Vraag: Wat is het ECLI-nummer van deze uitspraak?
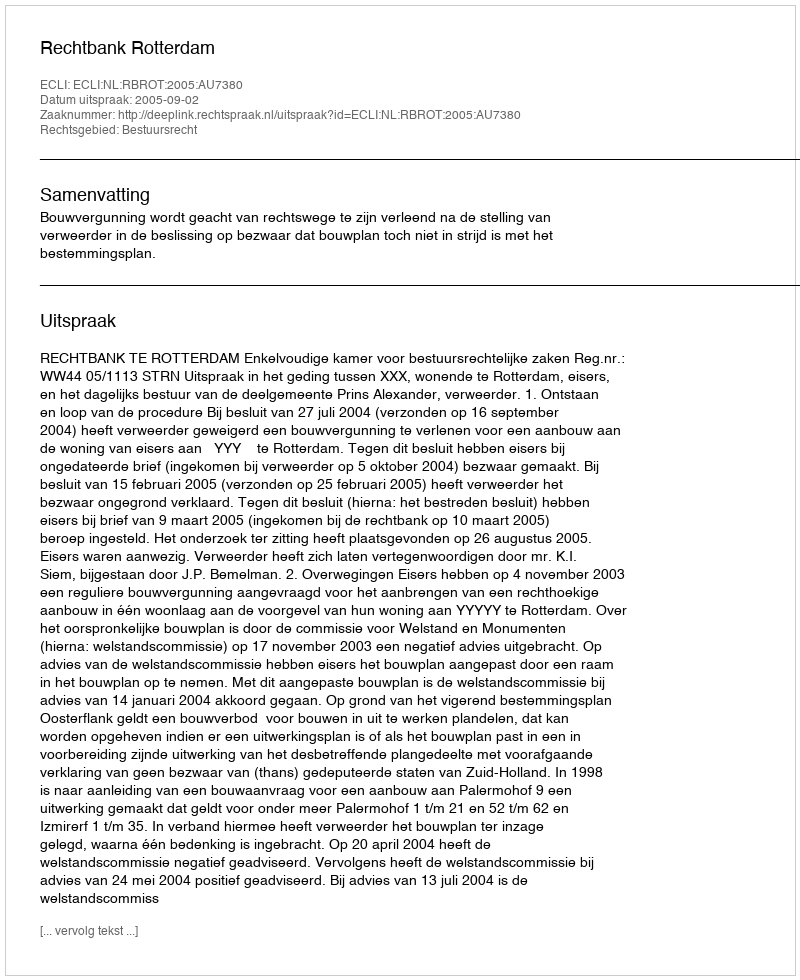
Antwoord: ECLI:NL:RBROT:2005:AU7380